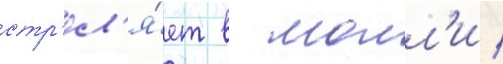
стр'ел'я́ет в молл'и /